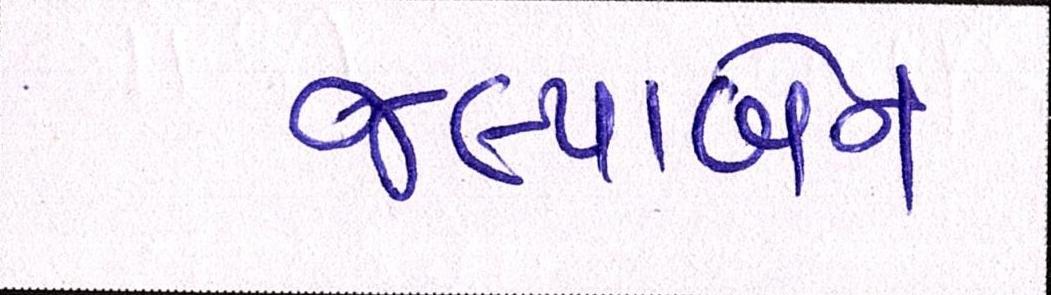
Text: જલ્પાબેન